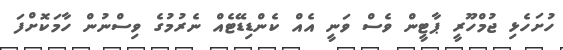
ހުށަހެޅި ޖުމްހޫރީ ޕާޓީން ވެސް ވަނީ އެއް ކެންޑިޑޭޓެއް ނެރުމުގެ ވިސްނުން ހާމަކޮށްފަ